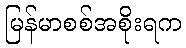
မြန်မာစစ်အစိုးရက